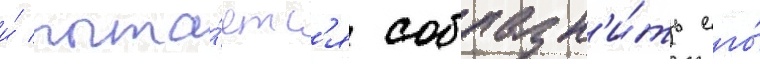
и́ пыта́етс'я соблазн'и́ть его́